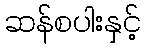
ဆန်စပါးနှင့်